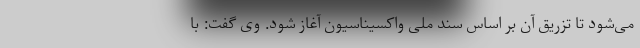
می‌شود تا تزریق آن بر اساس سند ملی واکسیناسیون آغاز شود. وی گفت: با